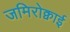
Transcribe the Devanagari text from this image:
जमिरोक्वाई